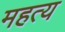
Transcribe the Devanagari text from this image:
महत्य